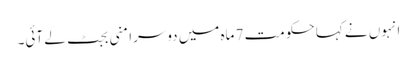
انہوں نے کہا حکومت 7 ماہ میں دوسرا منی بجٹ لے آئی۔